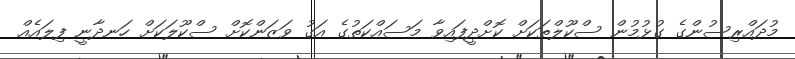
މުދައްރިސުންގެ ގުޅުމުން ސްކޫލްތަކަށް ކޮށްދީފައިވާ މަސައްކަތުގެ އަގު ވަޒަންކޮށް ސްކޫލަކަށް ހަނދާނީ ފިލައެއް